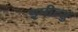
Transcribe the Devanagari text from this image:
इमीत्सु